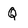
Character: Q